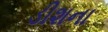
ડીશના